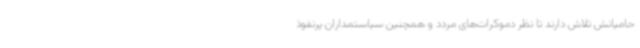
حامیانش تلاش دارند تا نظر دموکرات‌های مردد و همچنین سیاستمداران پرنفوذ